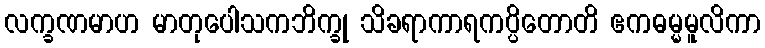
လက္ခဏမာဟ မာတုပေါသကဘိက္ခု သိခရာကာရကပ္ပိတောတိ ဧကဓမ္မမူလိကာ